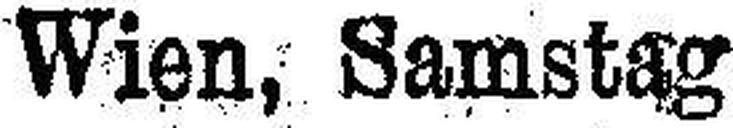
Wien, Samstag